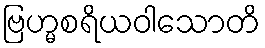
ဗြဟ္မစရိယဝါသောတိ